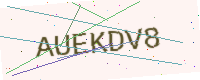
Text: AUEKDV8